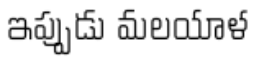
ఇప్పుడు మలయాళ